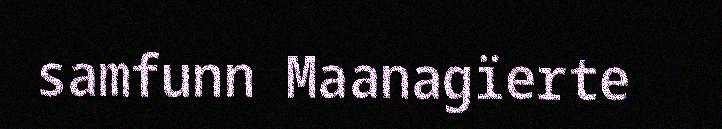
samfunn Maanagïerte